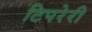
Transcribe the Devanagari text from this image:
टिपरेरी